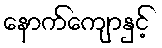
နောက်ကျောနှင့်